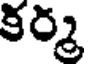
కర్మ